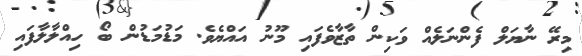
މިރޭ ނާޔަލް ފެންނަލެއް ވަކިން ތާޒާވެފައި މޫނު އައްޔެވެ. މަޑުމަޑުން ބޯ ހިއްލާލާފައި